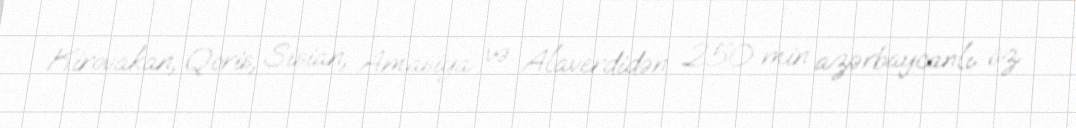
Kirovakan, Qoris, Sisian, Amasiya və Alaverdidən 250 min azərbaycanlı öz